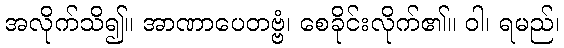
အလိုက်သိ၍။ အာဏာပေတဗ္ဗံ၊ စေခိုင်းလိုက်၏။ ဝါ၊ ရမည်၊